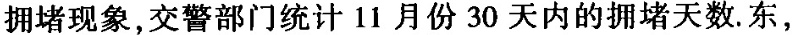
拥堵现象，交警部门统计11月份30天内的拥堵天数.东，